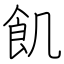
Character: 飢